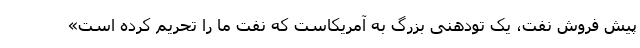
پیش فروش نفت، یک تودهنی بزرگ به آمریکاست که نفت ما را تحریم کرده است»